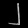
Digit: ၂